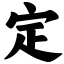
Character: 定